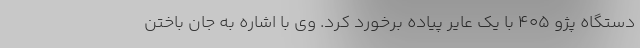
دستگاه پژو 405 با یک عایر پیاده برخورد کرد. وی با اشاره به جان باختن